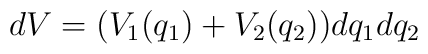
dV = (V_{1}(q_{1}) + V_{2}(q_{2}))dq_{1}dq_{2}